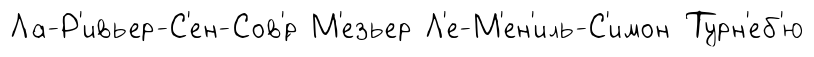
Ла-Р'ивьер-С'ен-Сов'́р М'езьер Л'е-М'ен'иль-С'имон Турн'еб'ю